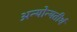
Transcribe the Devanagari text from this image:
अन्योन्यतीर्थ